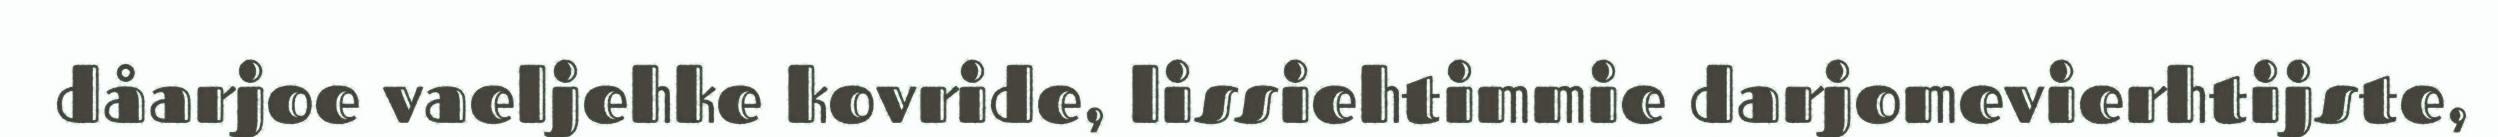
dåarjoe vaeljehke kovride, lissiehtimmie darjomevierhtijste,